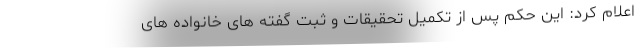
اعلام کرد: این حکم پس از تکمیل تحقیقات و ثبت گفته های خانواده های